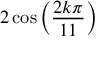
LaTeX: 2 \cos \left( { \frac { 2 k \pi } { 1 1 } } \right)